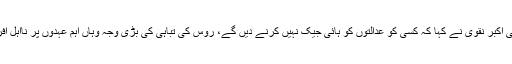
جسٹس سید مظاہر علی اکبر نقوی نے کہا کہ کسی کو عدالتوں کو ہائی جیک نہیں کرنے دیں گے، روس کی تباہی کی بڑی وجہ وہاں اہم عہدوں پر نااہل افراد کو تعینات کیا گیا۔